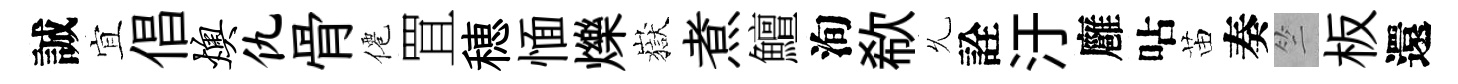
誠宜倡燠仇骨僊罝穂愐爍嶽煮鱣洵欷𠃔詮汙廱呫苗奏竺板還